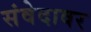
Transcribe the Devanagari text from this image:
संवेदावर